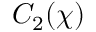
C _ { 2 } ( \chi )